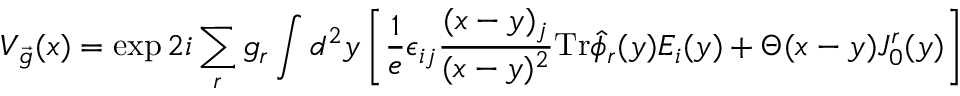
V _ { \vec { g } } ( x ) = \exp 2 i \sum _ { r } g _ { r } \int d ^ { 2 } y \left[ \frac { 1 } { e } \epsilon _ { i j } { \frac { ( x - y ) _ { j } } { ( x - y ) ^ { 2 } } } \mathrm { T r } \hat { \phi } _ { r } ( y ) E _ { i } ( y ) + \Theta ( x - y ) J _ { 0 } ^ { r } ( y ) \right]